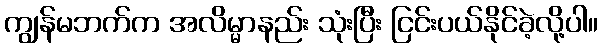
ကျွန်မဘက်က အလိမ္မာနည်း သုံးပြီး ငြင်းပယ်နိုင်ခဲ့လို့ပါ။